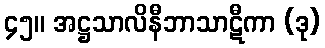
၄၅။ အဋ္ဌသာလိနီဘာသာဋီကာ (ဒု)